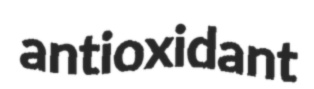
antioxidant